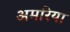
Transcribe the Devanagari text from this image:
अमरिया